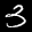
Label: 3